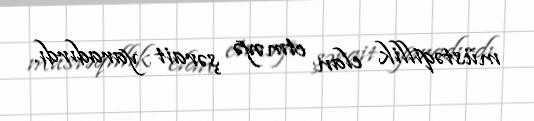
müstəqillik elan etməyə şərait yaradırdı.